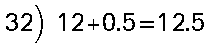
32) 12+0.5=12.5